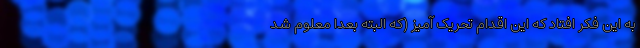
به این فکر افتاد که این اقدام تحریک آمیز (که البته بعداً معلوم شد